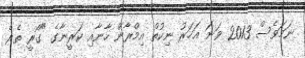
ނަމަވެސް 2013 ވަނަ އަހަރު ނިކުތް އިމްރާން ހާނާއި ކަރީނާގެ "ގޯރީ ތެރެ